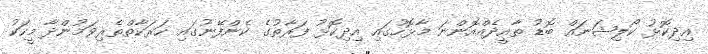
އިދިކޮޅު ކޯލިޝަނައް ބޮޑު ތާއީދެއްއޮންނަ މާޅޮހުގައި އިދިކޮޅު ފަރާތުގެ ކެންފޭނުގައި ހަރަކާތްތެރިވަމުންދާ މީހަކު